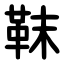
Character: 靺